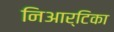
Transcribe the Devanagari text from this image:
निआर्टिका